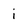
Character: i